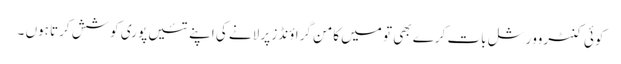
کوئی کنٹروورشل بات کرے بھی تو میں کامن گراؤنڈز پر لانے کی اپنے تئیں پوری کوشش کرتا ہوں ۔